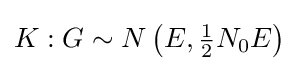
K:G\sim N\left(E,{\tfrac {1}{2}}N_{0}E\right)